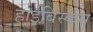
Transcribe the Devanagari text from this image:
हाईबिस्कस